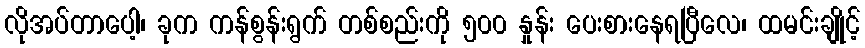
လိုအပ်တာပေါ့၊ ခုက ကန်စွန်းရွက် တစ်စည်းကို ၅၀၀ နှုန်း ပေးစားနေရပြီလေ၊ ထမင်းချိုင့်